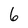
Character: 6